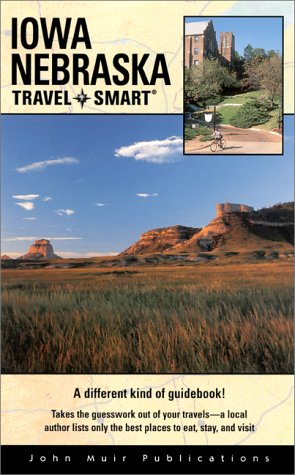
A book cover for Iowa/Nebraska Travel Smart (Travel-Smart Iowa/Nebraska); Kyle Munson; Travel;